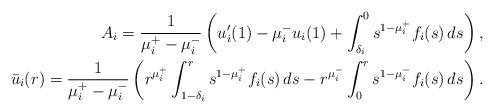
LaTeX: \begin{align*}A_i = \frac{1}{\mu_i^+ - \mu_i^-}\left(u_i'(1) -\mu_i^- u_i(1) + \int_{\delta_i}^0 s^{1-\mu_i^+}f_i(s)\,ds\right),\\\bar{u}_i(r) = \frac{1}{\mu_i^+ - \mu_i^-}\left( r^{\mu_i^+}\int_{1-\delta_i}^r s^{1-\mu_i^+} {f}_i(s) \, ds - r^{\mu_i^-}\int_0^r s^{1-\mu_i^-}{f}_i(s)\, ds\right).\end{align*}